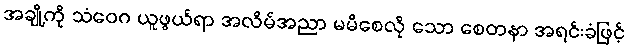
အချို့ကို သံဝေဂ ယူဖွယ်ရာ အလိမ်အညာ မမိစေလို သော စေတနာ အရင်းခံဖြင့်